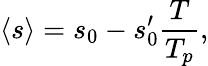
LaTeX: \begin{array}{ccc}{\displaystyle{\langle s\rangle=s_{0}-s_{0}^{\prime}\frac{T}{T_{p}},}}\end{array}